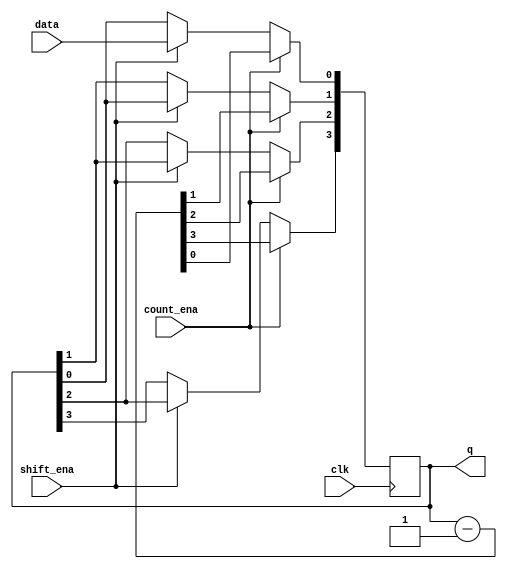
module top_module (
    input clk,
    input shift_ena,
    input count_ena,
    input data,
    output [3:0] q);

    reg [3:0] shift_q;

    always @(posedge clk) begin
        if(shift_ena) begin
            q[3] <= q[2];
            q[2] <= q[1];
            q[1] <= q[0];
            q[0] <= data;
        end
        if(count_ena) begin
            q <= q - 4'd1;
        end
    end

endmodule